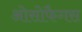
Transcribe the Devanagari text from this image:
ओसोफैगस